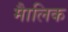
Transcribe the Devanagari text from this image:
माैलिक